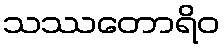
သဿတောရိဝ